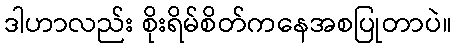
ဒါဟာလည်း စိုးရိမ်စိတ်ကနေအစပြုတာပဲ။